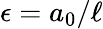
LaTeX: \epsilon={a_{0}}/{\ell}